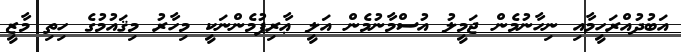
އަބުދުއްރަހީމާއި ނިހާނުމެން ޖަމީލު އުސްމާނުމެން އަލީ ޢާރިފުމެންނަކީ މިހާރު މިޤައުމުގެ ހިތި މާޒީ